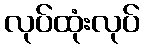
လုပ်ထုံးလုပ်